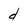
Character: d